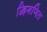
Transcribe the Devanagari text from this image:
द्विगणित